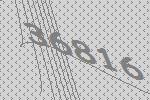
36816